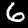
Digit: 6